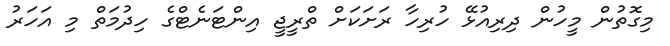
މިގޮތުން މީހުން ދިރިއުޅޭ ހުރިހާ ރަށަކަށް ތްރީޖީ އިންޓަނެޓްގެ ހިދުމަތް މި އަހަރު